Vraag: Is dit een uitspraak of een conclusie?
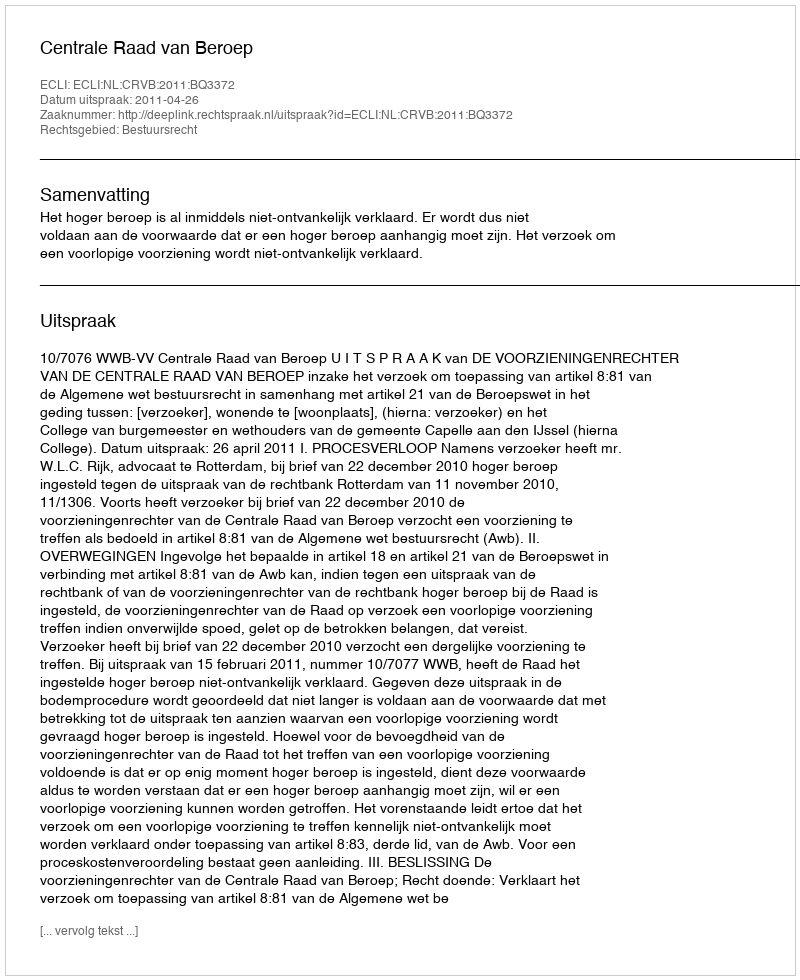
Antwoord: Uitspraak